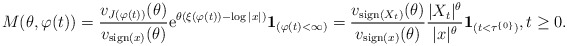
\begin{align*}M(\theta, \varphi(t)) = \frac{v_{J(\varphi(t))}(\theta)}{v_{{\rm sign}(x)}(\theta)}{\rm e}^{\theta(\xi(\varphi(t)) - \log |x|)} \mathbf{1}_{(\varphi(t)<\infty)}= \frac{v_{{\rm sign}(X_t)}(\theta)}{v_{{\rm sign}(x)}(\theta)}\frac{|X_t|^\theta}{|x|^\theta}\mathbf{1}_{(t<\tau^{\{0\}})}, t\geq 0.\end{align*}